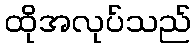
ထိုအလုပ်သည်